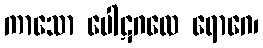
ကာသော ပေါဋဂလေ ရောဂေ၊